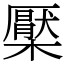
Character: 檿